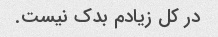
در کل زیادم بدک نیست.